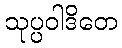
သုပ္ပဝါဒိတေ